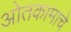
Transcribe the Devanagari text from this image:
ओतकामाचे